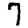
Digit: 7